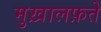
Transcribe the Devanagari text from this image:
मुख़ालफ़ते